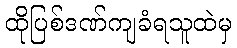
ထိုပြစ်ဒဏ်ကျခံရသူထဲမှ